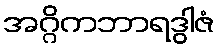
အဂ္ဂိကဘာရဒွါဇံ